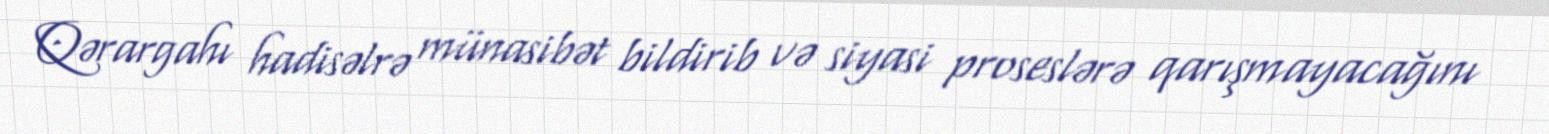
Qərargahı hadisəlrə münasibət bildirib və siyasi proseslərə qarışmayacağını